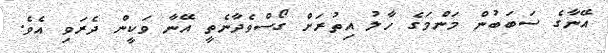
އޭނާގެ ސަބަބުން މަންމަގެ ހާލު އިތުރަށް ގޯސްވެދާނެތީ އޭނާ ވަކީން ދެރަވި އެވެ.